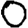
Digit: 0